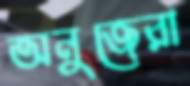
অনুজেরা